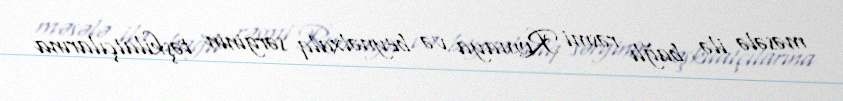
məsələ ilə bağlı rəsmi Romaya və beynəlxalq sərginin təşkilatçılarına